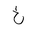
Letter: _kha